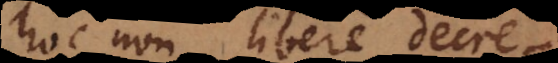
hoc non libere decre